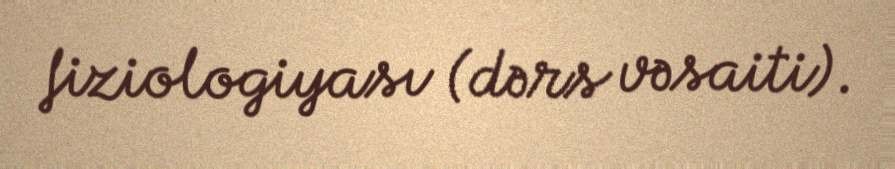
fiziologiyası (dərs vəsaiti).